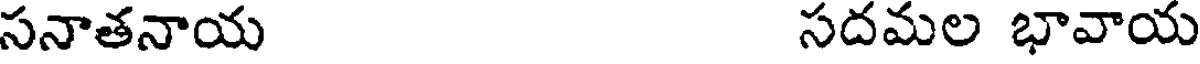
సనాతనాయ సదమల భావాయ